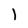
Character: I